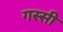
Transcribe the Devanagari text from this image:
गस्सी